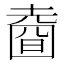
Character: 𡐑